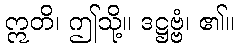
ဣတိ၊ ဤသို့။ ဒဋ္ဌဗ္ဗံ၊ ၏။